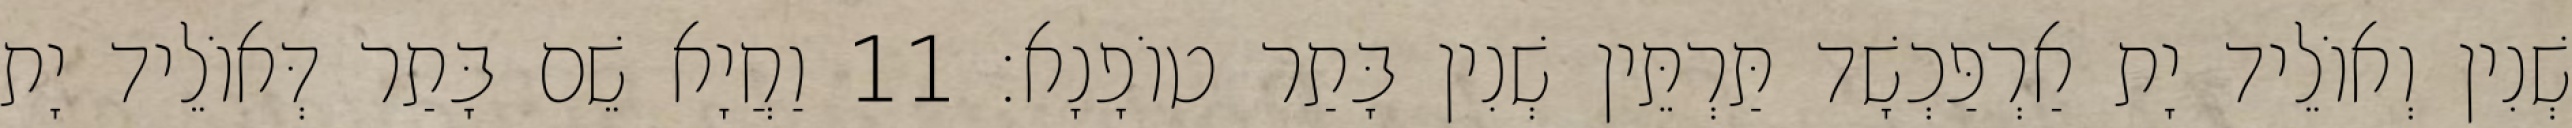
שְׁנִין וְאוֹלֵיד יָת אַרְפַּכְשָׁד תַּרְתֵּין שְׁנִין בָּתַר טוֹפָנָא׃ 11 וַחֲיָא שֵׁם בָּתַר דְּאוֹלֵיד יָת